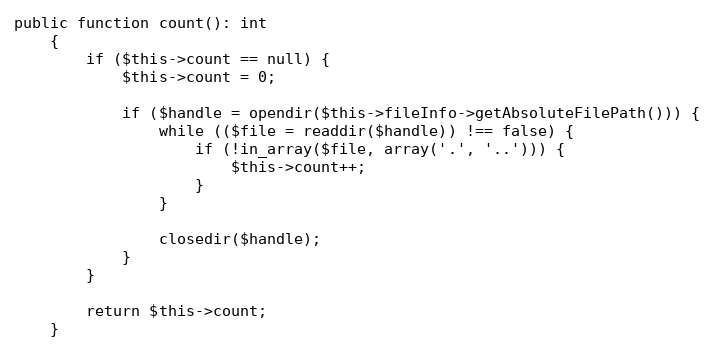
Language: PHP
public function count(): int
    {
        if ($this->count == null) {
            $this->count = 0;

            if ($handle = opendir($this->fileInfo->getAbsoluteFilePath())) {
                while (($file = readdir($handle)) !== false) {
                    if (!in_array($file, array('.', '..'))) {
                        $this->count++;
                    }
                }

                closedir($handle);
            }
        }

        return $this->count;
    }